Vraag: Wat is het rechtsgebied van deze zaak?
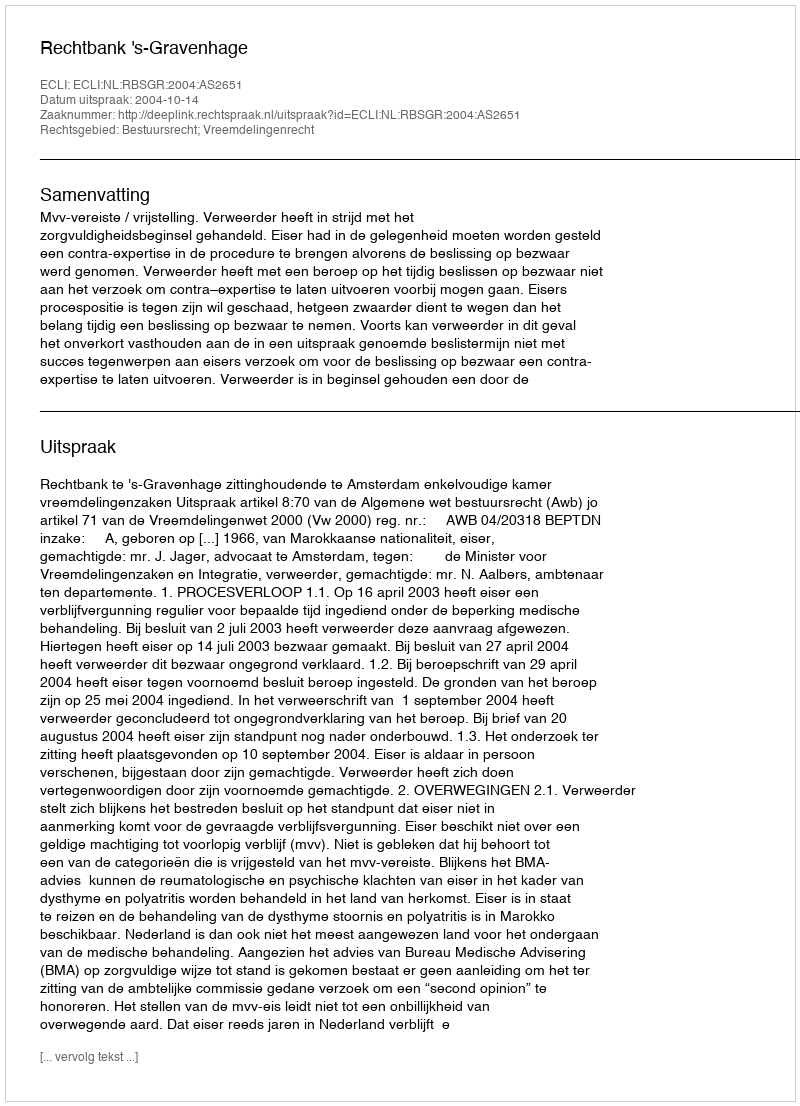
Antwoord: Bestuursrecht; Vreemdelingenrecht